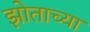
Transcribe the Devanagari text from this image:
झोताच्या